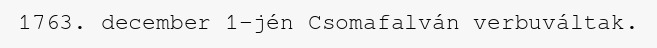
1763. december 1-jén Csomafalván verbuváltak.